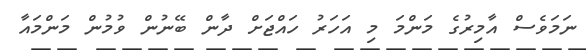
ނަމަވެސް އާމިރުގެ މަންމަ މި އަހަރު ހައްޖަށް ދާން ބޭނުން ވުމުން މަންމައާ